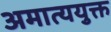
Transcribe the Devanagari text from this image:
अमात्ययुक्त